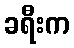
ခရီးက